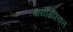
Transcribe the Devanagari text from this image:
बायोग्रैफ़िकल